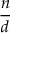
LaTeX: \frac { n } { d }